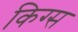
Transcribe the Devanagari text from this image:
किग्स